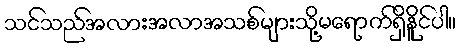
သင်သည်အလားအလာအသစ်များသို့မရောက်ရှိနိူင်ပါ။